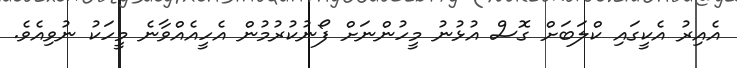
އެއިރު އެކީގައި ކްލަބަށް ގޮސް އުޅުނު މީހުންނަށް ފޯނުކުރުމުން އެހީއެއްވާނެ މީހަކު ނުވިއެވެ.